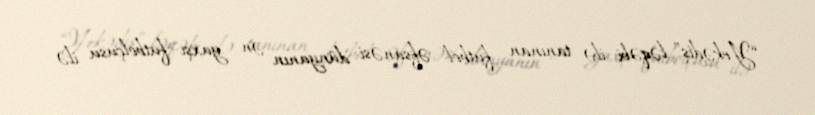
“Yekədiş” ləqəbi ilə tanınan futbol əfsanəsi dünyanın ən yaxşı futbolçusu ilə